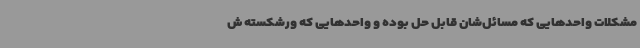
مشکلات واحدهایی که مسائل‌شان قابل حل بوده و واحدهایی که ورشکسته ش